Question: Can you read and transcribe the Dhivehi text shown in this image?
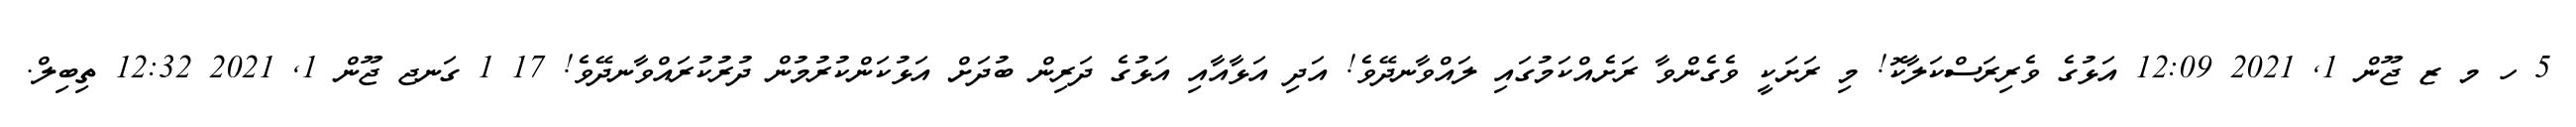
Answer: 5 ހ މ ޒ ޖޫން 1, 2021 12:09 އަޅުގެ ވެރިރަސްކަލާކޮ! މި ރަށަކީ ވެގެންވާ ރަށެއްކަމުގައި ލައްވާނދޭވެ! އަދި އަޅާއާއި އަޅުގެ ދަރިން ބުދަށް އަޅުކަންކުރުމުން ދުރުކުރައްވާނދޭވެ! 17 1 ގަނޖ ޖޫން 1, 2021 12:32 ތިބިލް.